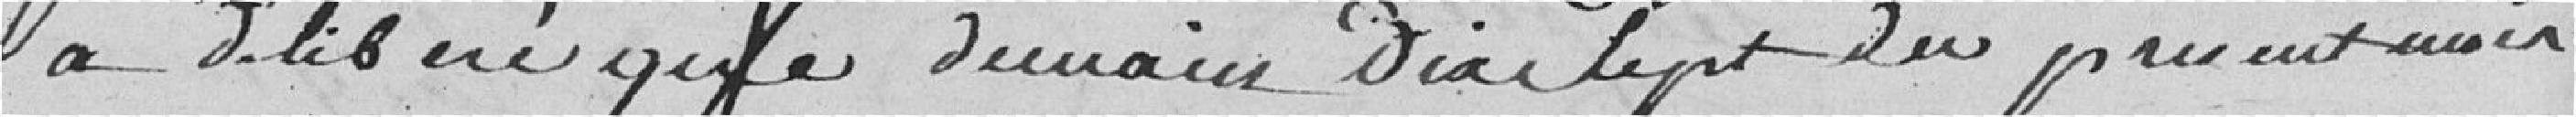
à délibéré que demain Dix Sept du présent mois